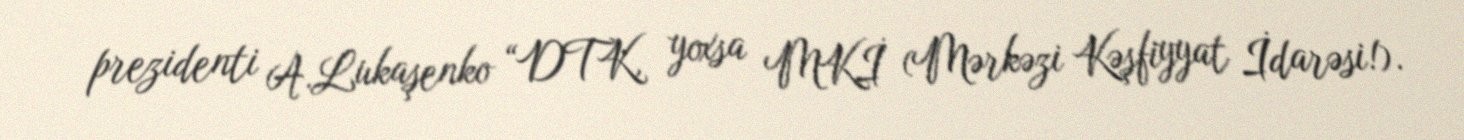
prezidenti A.Lukaşenko “DTK, yoxsa MKİ (Mərkəzi Kəşfiyyat İdarəsi!).